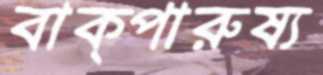
বাক্‌পারুষ্য